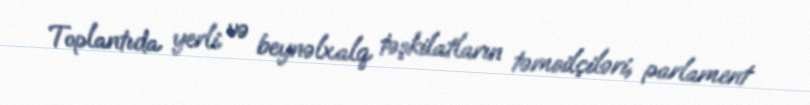
Toplantıda yerli və beynəlxalq təşkilatların təmsilçiləri, parlament